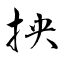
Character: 抰